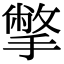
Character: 撆